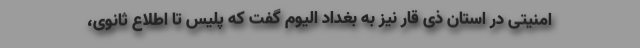
امنیتی در استان ذی قار نیز به بغداد الیوم گفت که پلیس تا اطلاع ثانوی،